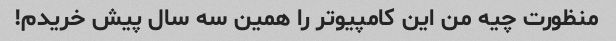
منظورت چیه من این کامپیوتر را همین سه سال پیش خریدم!